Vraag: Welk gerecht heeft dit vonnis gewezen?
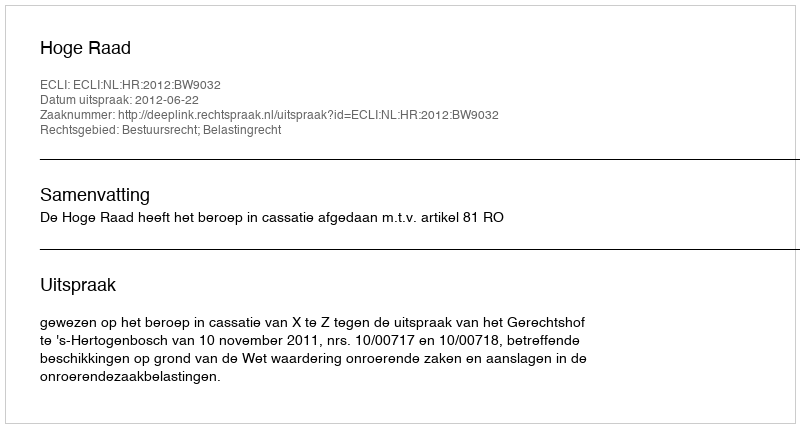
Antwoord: Hoge Raad